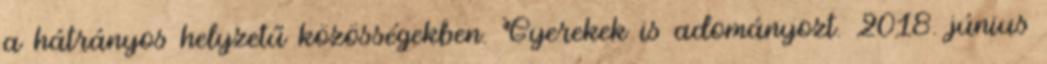
a hátrányos helyzetű közösségekben. Gyerekek is adományozt. 2018. június